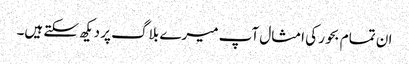
ان تمام بحور کی امثال آپ میرے بلاگ پر دیکھ سکتے ہیں۔